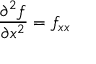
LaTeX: { \frac { \partial ^ { 2 } f } { \partial x ^ { 2 } } } = f _ { x x }